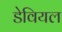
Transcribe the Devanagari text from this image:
डेवियल